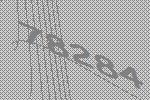
78284